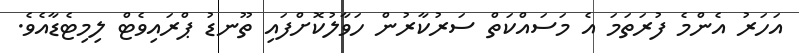
އަހަރު އެންމެ ފުރަތަމަ އެ މަސައްކަތް ސަރުކާރުން ހަވާލުކޮށްފައި ތޫނޑު ޕްރައިވެޓް ލިމިޓެޑާއެވެ.